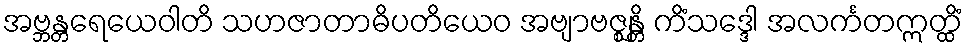
အဗ္ဘန္တရေယေဝါတိ သဟဇာတာဓိပတိယေဝ အဗျာဗဇ္ဈန္တိ ကိံသဒ္ဒေါ အလင်္ကတဣတ္ထိံ